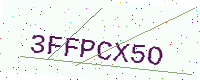
Text: 3FFPCX5O